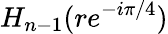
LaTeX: H_{n-1}(re^{-i\pi/4})